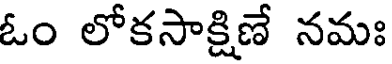
ఓం లోకసాక్షిణే నమః